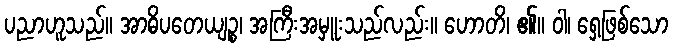
ပညာဟူသည်။ အာဓိပတေယျဉ္စ၊ အကြီးအမှူးသည်လည်း။ ဟောတိ၊ ၏။ ဝါ၊ ရှေ့ဖြစ်သော